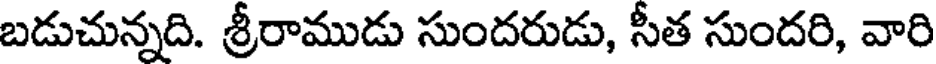
బడుచున్నది. శ్రీరాముడు సుందరుడు, సీత సుందరి, వారి